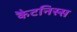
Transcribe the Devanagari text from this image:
कैटनिस्स